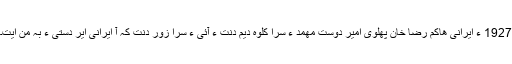
1927 ءَ ایرانی ھاکم رضا خان پھلوی امیر دوست مھمد ءِ سرا کلوہ دیم دَنت ءُ آئی ءِ سرا زور دنت کہ آ ایرانی ایر دستی ءَ بہ منّ ایت۔